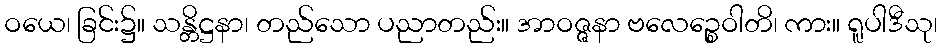
ဝယေ၊ ခြင်း၌။ သန္တိဋ္ဌနာ၊ တည်သော ပညာတည်း။ အာဝဇ္ဇနာ ဗလေဉ္စေဝါတိ၊ ကား။ ရူပါဒီသု၊